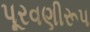
પૂરવણીરૂપ